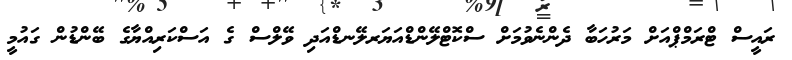
ރައީސް ޓްރަމްޕްއަށް މަރުހަބާ ދެންނެވުމަށް ސްކޮޓްލޭންޑްއަޔަރލޭނޑްއަދި ވޭލްސް ގެ އަސްކަރިއްޔާގެ ބޭންޑުން ގައުމީ